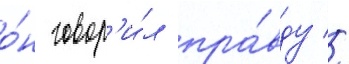
о́н говор'и́л пра́вду //